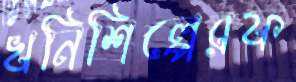
খনিশিল্পেরফ